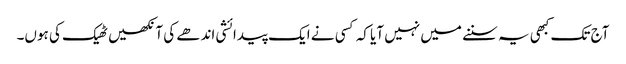
‏ آج تک کبھی یہ سننے میں نہیں آیا کہ کسی نے ایک پیدائشی اندھے کی آنکھیں ٹھیک کی ہوں۔